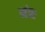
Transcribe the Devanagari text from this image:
मंत्रः